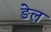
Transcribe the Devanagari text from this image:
ङेल